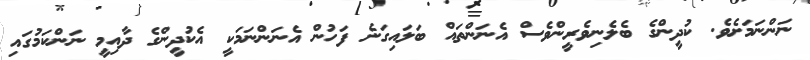
ނަންނަމަށެވެ. ކުދީންގެ ބެލެނިވެރީންވެސް އެނަންތައް ބަލައިގަނެ ފަހުން އެނަންނަމަކީ އެކުދީންގެ ދާއިމީ ނަންކަމުގައި